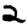
Digit: 2